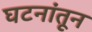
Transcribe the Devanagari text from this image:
घटनांतून